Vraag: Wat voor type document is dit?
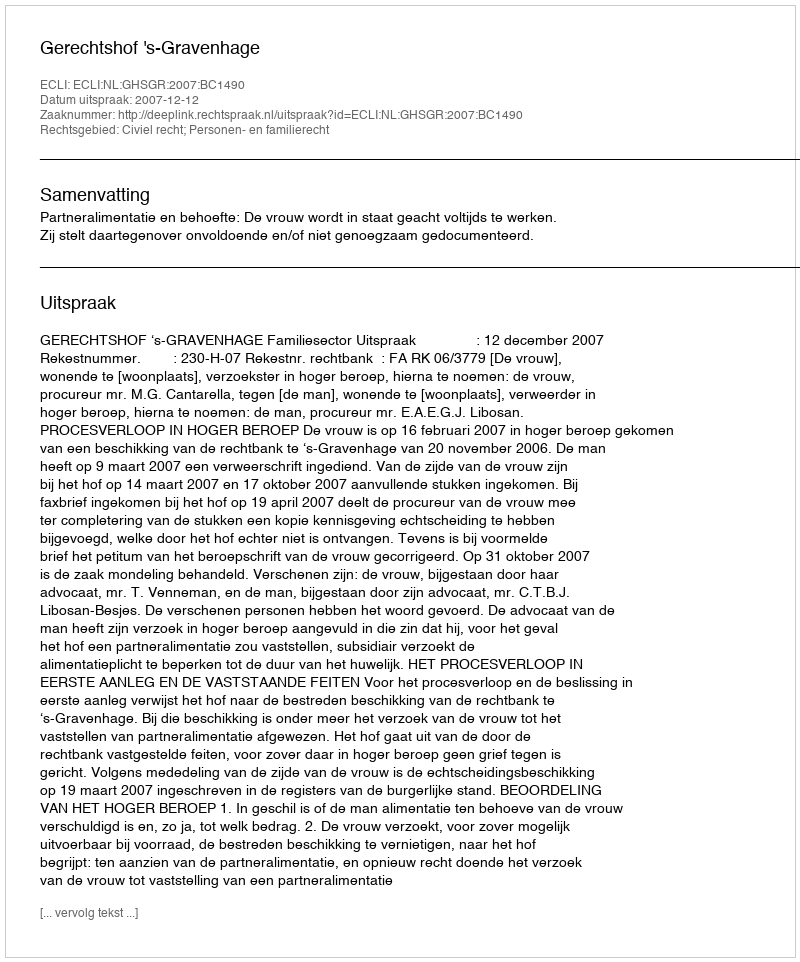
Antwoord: Uitspraak